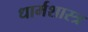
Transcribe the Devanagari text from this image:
धार्मशास्त्र